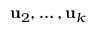
\mathbf { u } _ { 2 } , \ldots , \mathbf { u } _ { k }